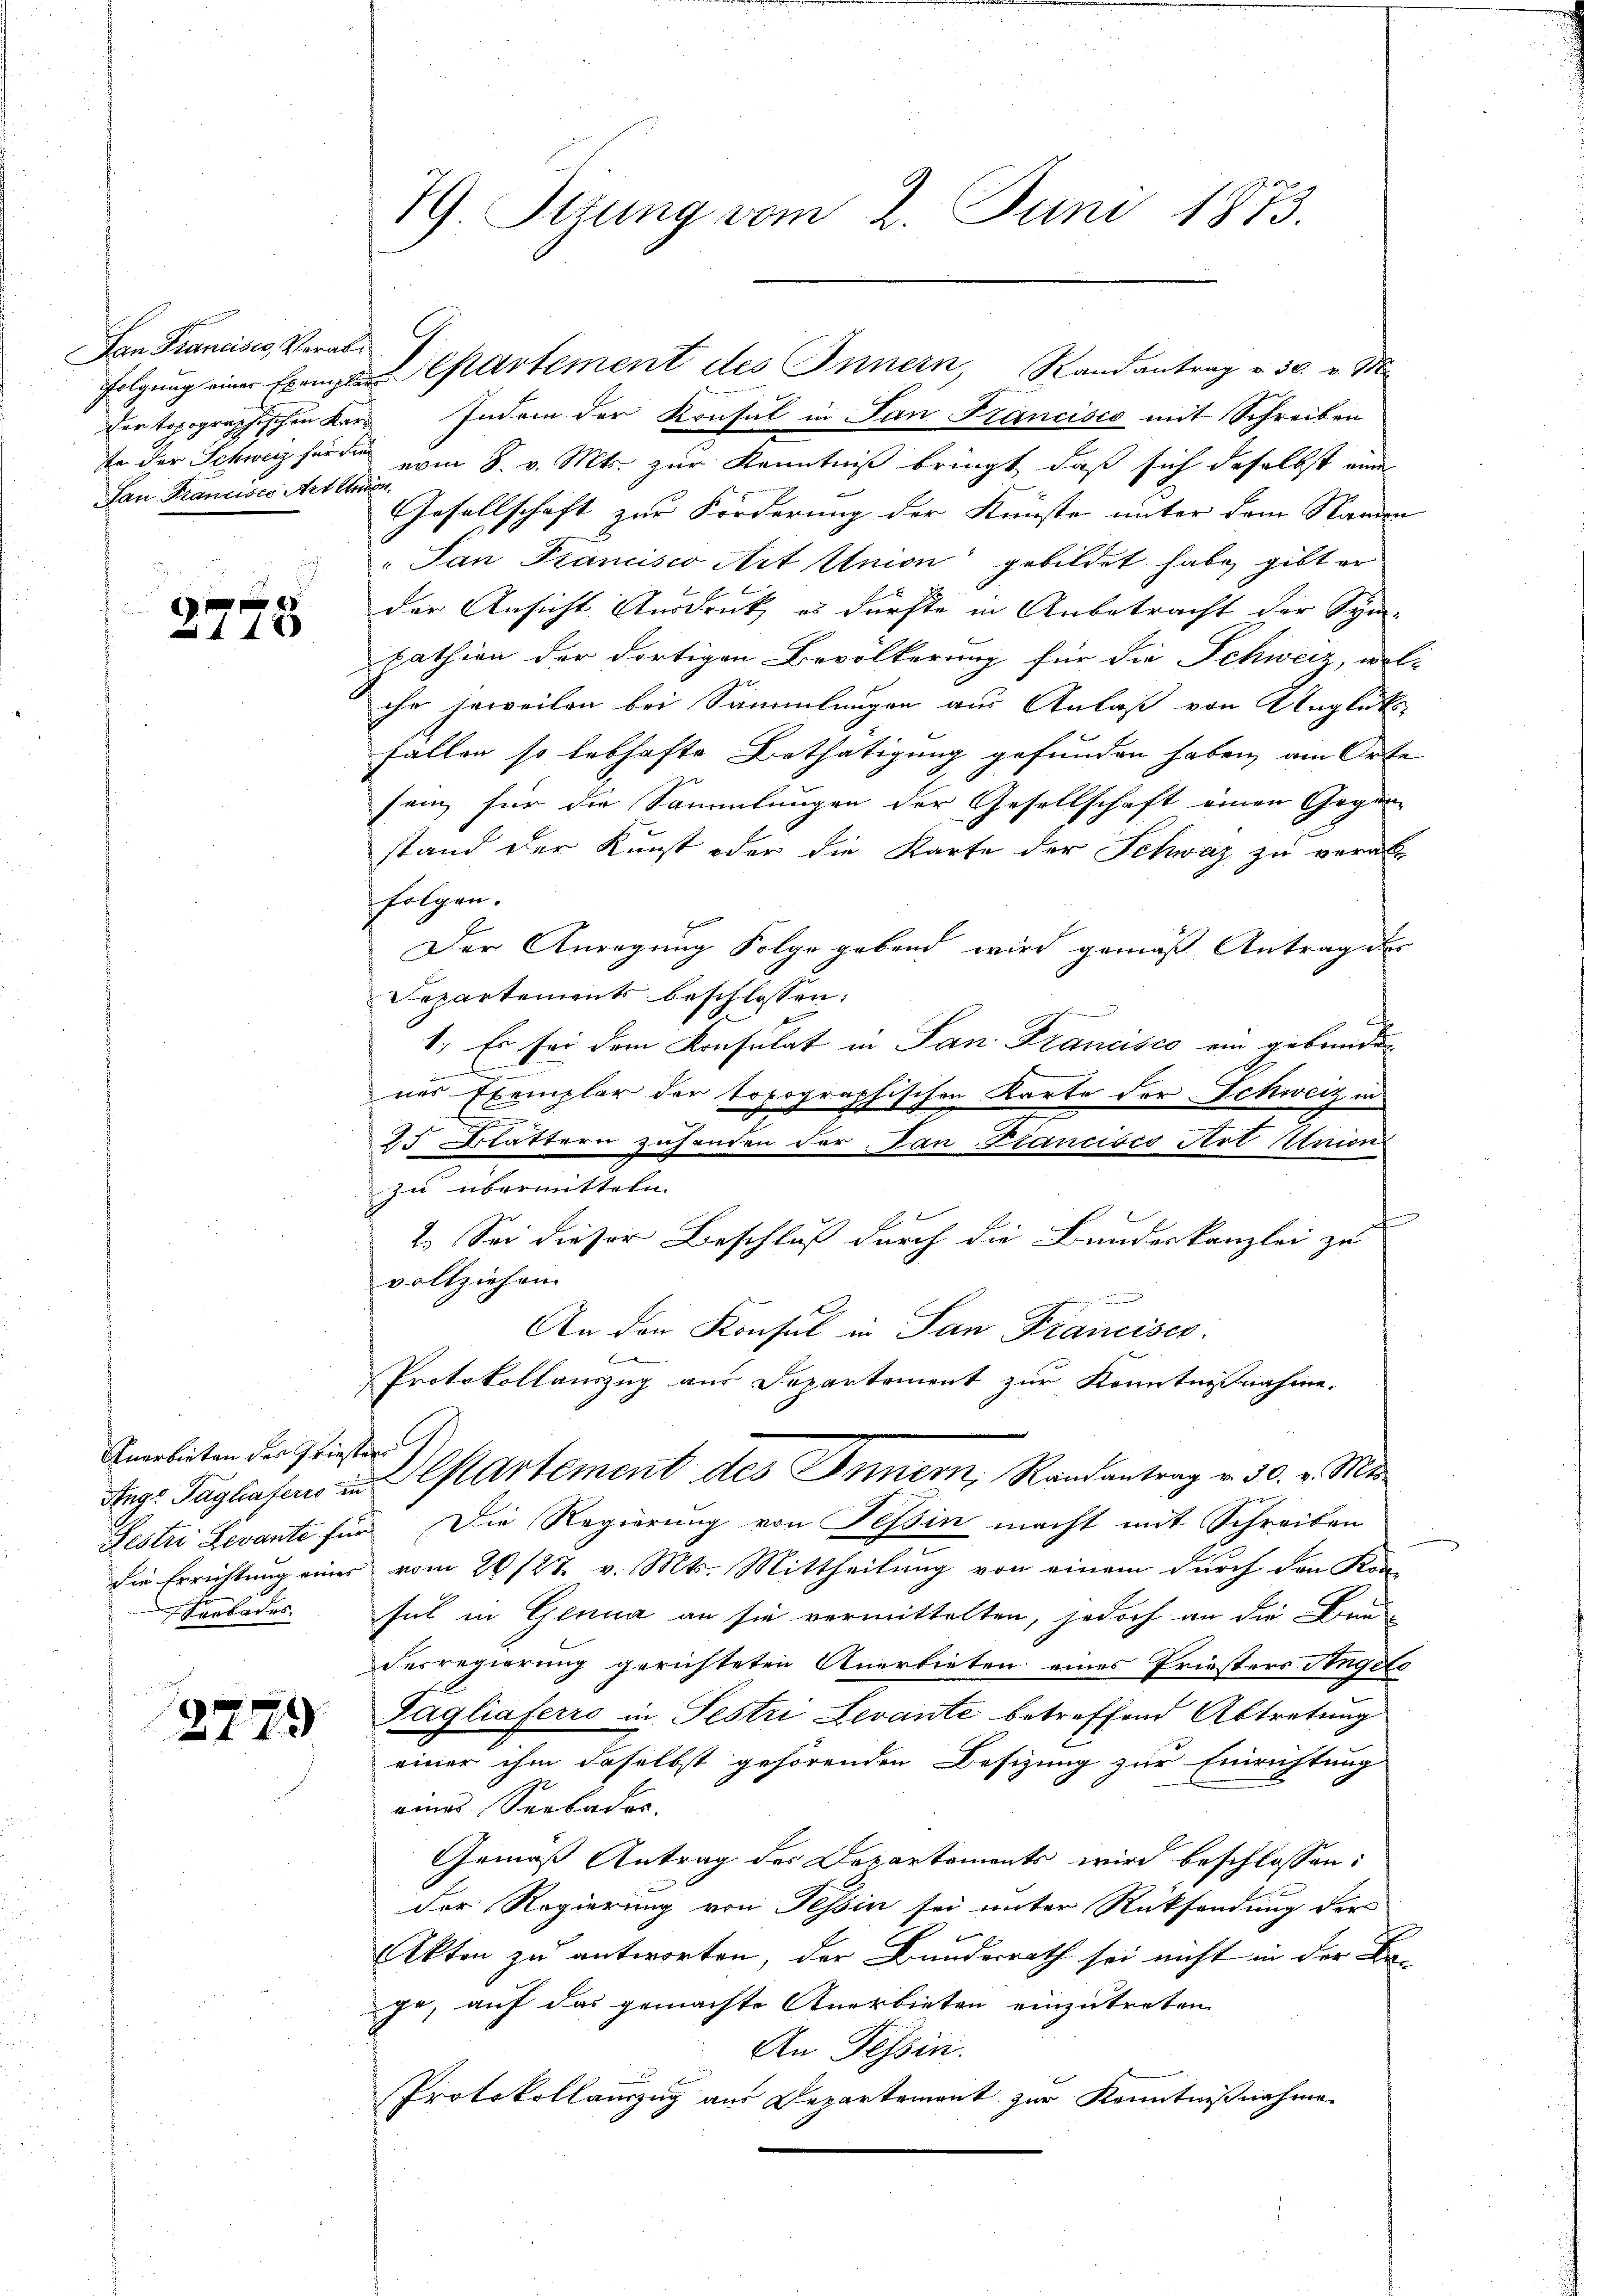
San Francises, Vorabder topographischen Kar¬
San Francisco Art Mon

4 xx

Anerbieten des Griester

2779

Indem der Konsul in San Francisco mit Schreiben
te der Schweiz für die vom 8. v. Mts. zur Kenntniß bringt, daß sich daselbst eine
Gesellschaft zur Forderung der Künste unter dem Name
"San Francisco Art Union gebildet habe, gibt er
der Ansicht. Ausdruck, es dürfte in Anbetracht der Sym-
pathien der dortigen Bevölkerung für die Schweiz, wel-
ihr jeweilen bei Sammlungen aus Anlaß von Unglück
fällen so lebhafte Bethätigung gefunden haben, am Orte
sen für die Sammlungen der Gesellschaft einen Gegen-
stand der Kunst oder die Karte der Schweiz zu verab
folgen.
Der Anregung Folge gebend wird gemäß Antrag des
Separtements beschlossen:
1.) Es sei dem Konsulat in San Francisco ein gebunden
nes Exemplar der topographischen Karte der Schweiz in
25 Blättern zuhanden der Pan Francisco Art Union
zu übermitteln.
2. Sei dieser Beschluß durch die Bundeskanzlei zu
vollziehen.

An den Konsul in San Francises.

Protokollauszug aus Departement zur Kenntnißnahme.
Tage Taglasen und Cartement des Innern, Randantrag v. 30. v. Mts.
Festri Levante für Die Regierung von Tessin macht mit Schreiben
die Errichtung eines vom 26/27. v. Mts. Mittheilung von einem durch den Kon-
Senbodes hat in Genua an sie vermittelten, jedoch an die Bun¬
Derregierung gerichteten Anerbieten eines Priesters Angelo
Pagliaferro in Festri Levante betreffend Abtretung
einer ihm daselbst gehörenden Besizung zur Einrichtung
eines Seebader.
Gemäß Antrag des Departements wird beschlossen:
Der Regierung von Tessin sei unter Rücksendung der
Akten zu antworten, der Bundesrath sei nicht in der Ba-
ge, auf das gemachte Anerbieten einzutreten
An Tessin.
Protokollanzug aus Departement zur Kenntnißnahme

79 Itzung vom 2. Juni 1873.

folgŭng einer Examen partement des Innern, Randantrag v. 30. v. M.